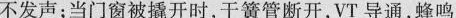
蜂鸣器不发声；当门窗被撬开时，干簧管断开，VT导通，蜂鸣